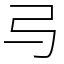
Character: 㢧